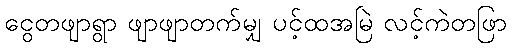
ငွေတဖျာရွာ ဖျာဖျာတက်မျှ ပင့်ထအမြဲ လင့်ကဲတဖြာ